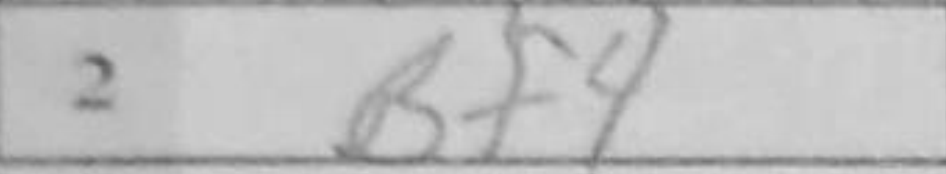
Transcription: Bf4